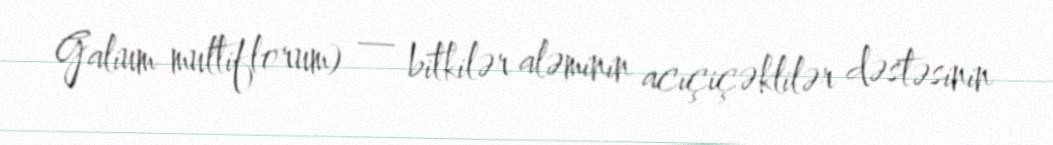
Galium multiflorum) — bitkilər aləminin acıçiçəklilər dəstəsinin